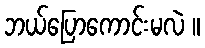
ဘယ်ပြောကောင်းမလဲ ။